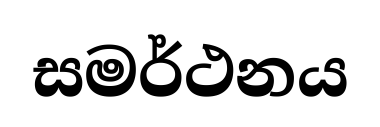
සමර්ථනය